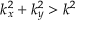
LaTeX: k _ { x } ^ { 2 } + k _ { y } ^ { 2 } > k ^ { 2 }